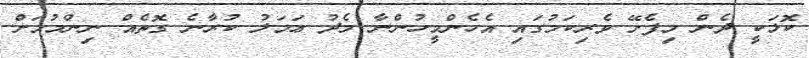
ކޮޅަކީ ދެން މިފެށޭ ވެރިކަމުގައި އެހެންމީހުންނާ މެދު ޢަމަލު ކުރާނެ ގޮތެއް ނިންމުމަށް